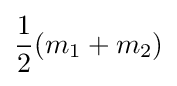
{\frac {1}{2}}(m_{1}+m_{2})